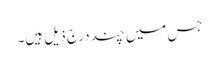
جس میں چند درج ذیل ہیں۔